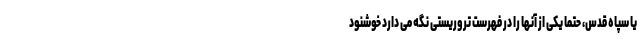
یا سپاه قدس، حتما یکی از آنها را در فهرست تروریستی نگه می دارد خوشنود